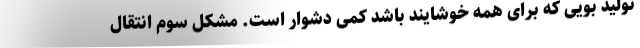
تولید بویی که برای همه خوشایند باشد کمی دشوار است. مشکل سوم انتقال